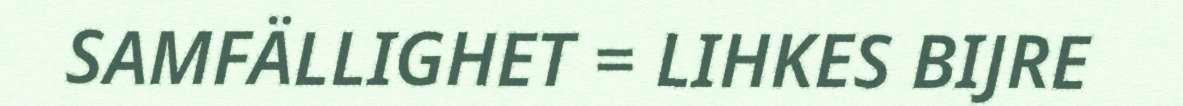
SAMFÄLLIGHET = LIHKES BIJRE